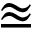
\approxeq